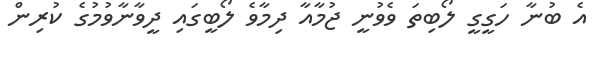
އެ ބުނާ ހަގީގީ ލޯބިތަ ވެވުނީ ޖުމާއާ ދިމާވެ ލޯބީގައި ދީވާނާވުމުގެ ކުރިން